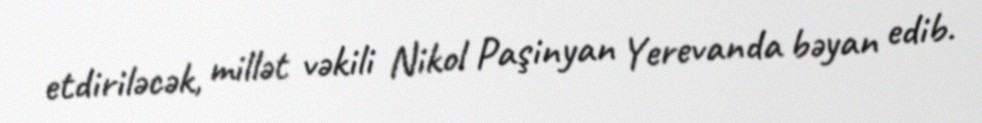
etdiriləcək, millət vəkili Nikol Paşinyan Yerevanda bəyan edib.